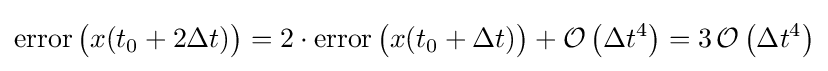
\operatorname {error} {\bigl (}x(t_{0}+2\Delta t){\bigr )}=2\cdot \operatorname {error} {\bigl (}x(t_{0}+\Delta t){\bigr )}+{\mathcal {O}}\left(\Delta t^{4}\right)=3\,{\mathcal {O}}\left(\Delta t^{4}\right)